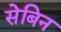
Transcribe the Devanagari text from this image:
सेबिन